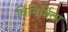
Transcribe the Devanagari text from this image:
विनिर्मिता